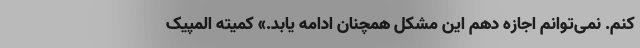
کنم. نمی‌توانم اجازه دهم این مشکل همچنان ادامه یابد.» کمیته المپیک